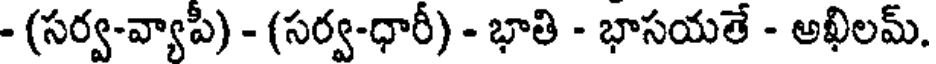
- (సర్వ-వ్యాపీ) - (సర్వ-ధారీ) - భాతి - భాసయతే - అఖిలమ్.